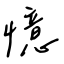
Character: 憶